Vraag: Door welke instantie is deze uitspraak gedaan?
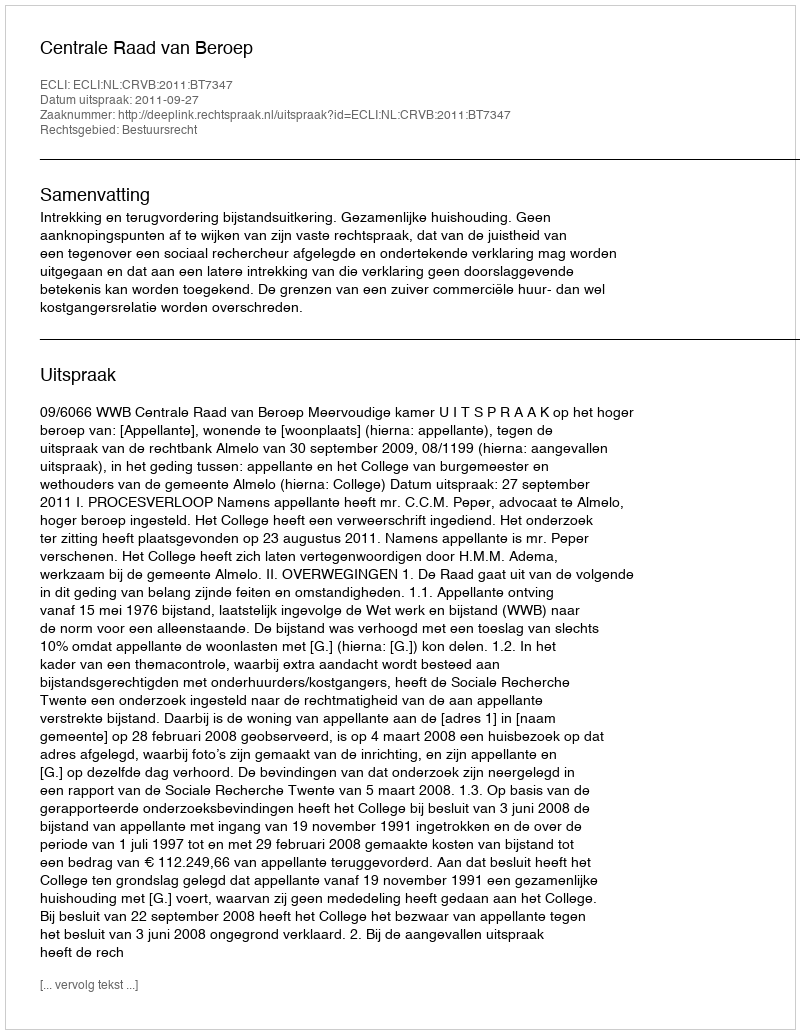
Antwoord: Centrale Raad van Beroep